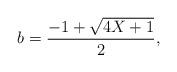
LaTeX: \begin{align*}b=\frac{-1+\sqrt{4X+1}}{2},\end{align*}